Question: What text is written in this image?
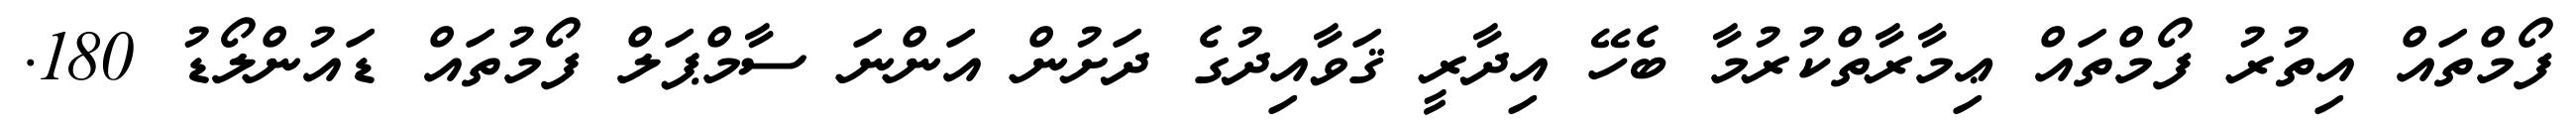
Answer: ފޯމްތައް އިތުރު ފޯމްތައް ޢިމާރާތްކުރުމާ ބެހޭ އިދާރީ ޤަވާއިދުގެ ދަށުން އަންނަ ސާމްޕަލް ފޯމުތައް ޑައުންލޯޑު 180.